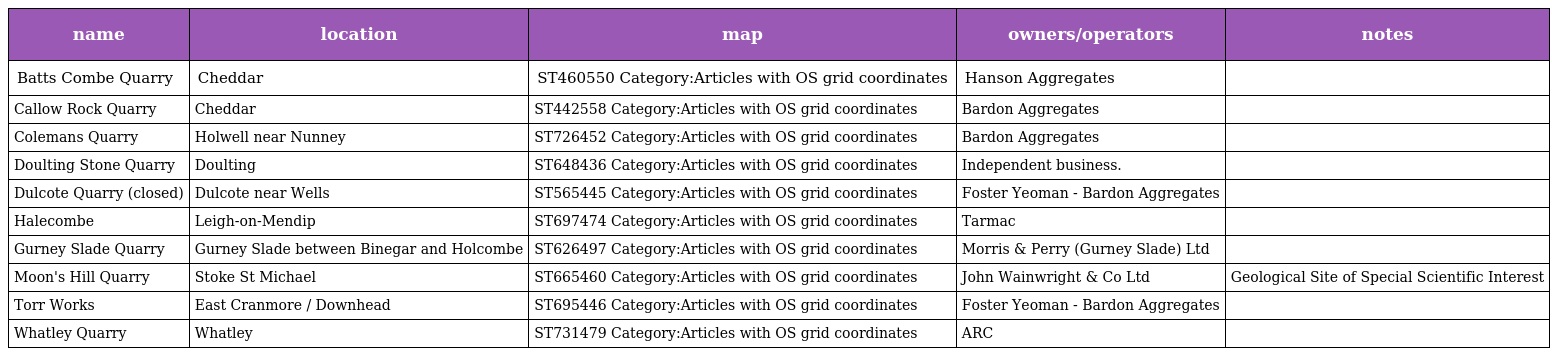
| name | location | map | owners/operators | notes |
 | --- | --- | --- | --- | --- |
 | Batts Combe Quarry | Cheddar | ST460550 Category:Articles with OS grid coordinates | Hanson Aggregates |  |
 | Callow Rock Quarry | Cheddar | ST442558 Category:Articles with OS grid coordinates | Bardon Aggregates |  |
 | Colemans Quarry | Holwell near Nunney | ST726452 Category:Articles with OS grid coordinates | Bardon Aggregates |  |
 | Doulting Stone Quarry | Doulting | ST648436 Category:Articles with OS grid coordinates | Independent business. |  |
 | Dulcote Quarry (closed) | Dulcote near Wells | ST565445 Category:Articles with OS grid coordinates | Foster Yeoman - Bardon Aggregates |  |
 | Halecombe | Leigh-on-Mendip | ST697474 Category:Articles with OS grid coordinates | Tarmac |  |
 | Gurney Slade Quarry | Gurney Slade between Binegar and Holcombe | ST626497 Category:Articles with OS grid coordinates | Morris & Perry (Gurney Slade) Ltd |  |
 | Moon's Hill Quarry | Stoke St Michael | ST665460 Category:Articles with OS grid coordinates | John Wainwright & Co Ltd | Geological Site of Special Scientific Interest |
 | Torr Works | East Cranmore / Downhead | ST695446 Category:Articles with OS grid coordinates | Foster Yeoman - Bardon Aggregates |  |
 | Whatley Quarry | Whatley | ST731479 Category:Articles with OS grid coordinates | ARC |  |